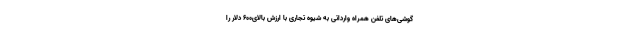
گوشی‌های تلفن همراه وارداتی به شیوه تجاری با ارزش بالای۶۰۰ دلار را